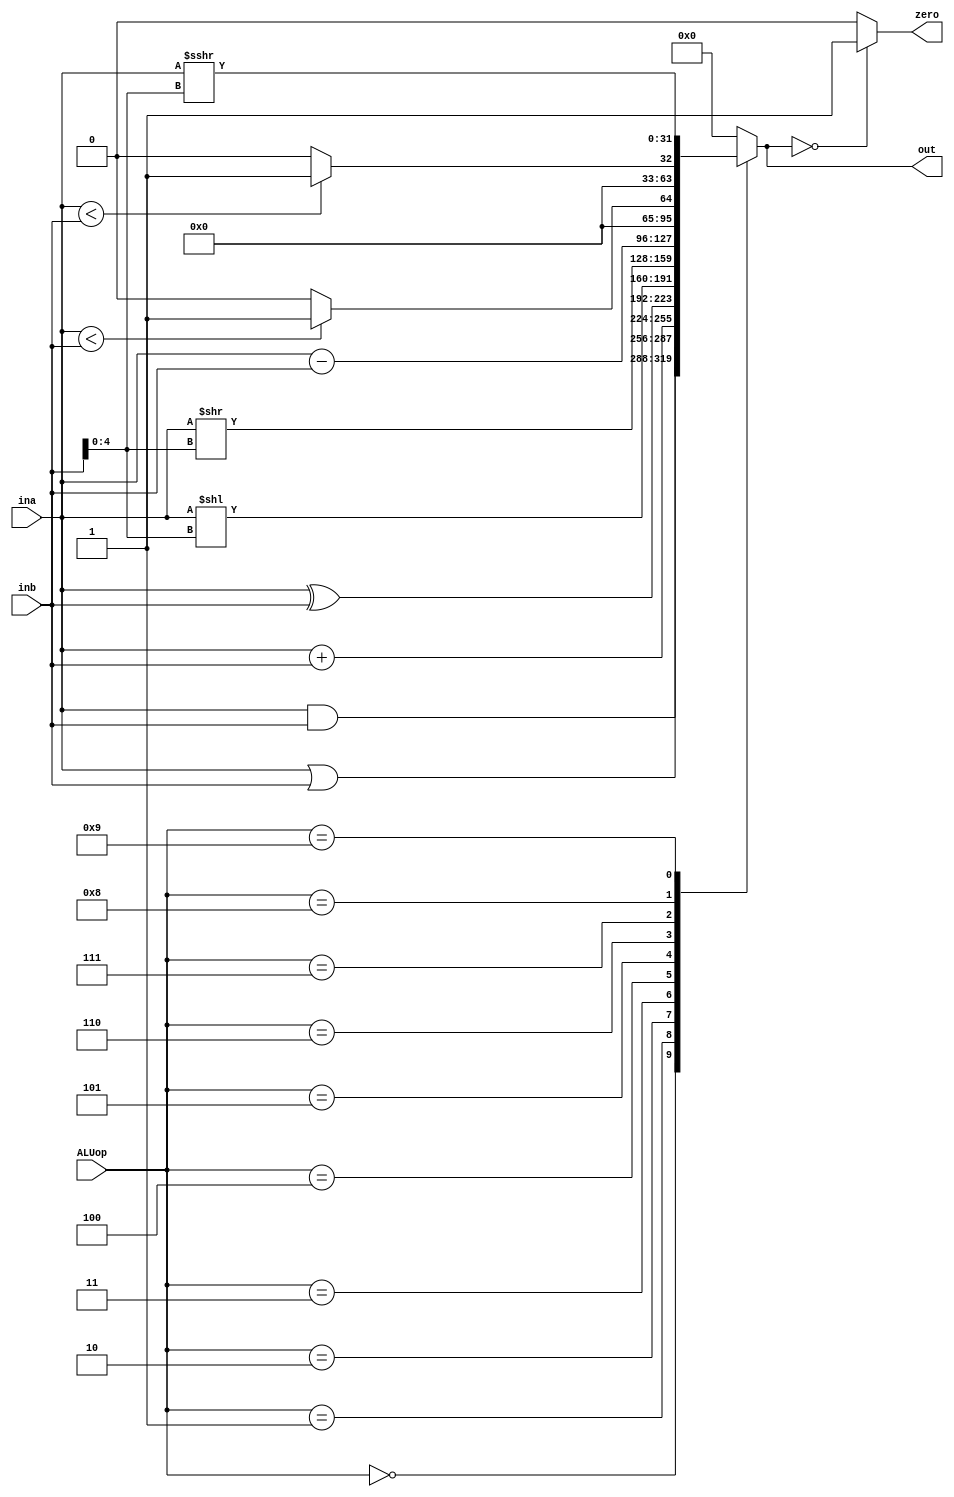
`timescale 1ns / 1ps
//////////////////////////////////////////////////////////////////////////////////
// Company: 
// Engineer: 
// 
// Design Name: 
// Module Name: ALU
// Project Name: 
// Target Devices: 
// Tool Versions: 
// Description: 
// 
// Dependencies: 
// 
// Revision:
// Revision 0.01 - File Created
// Additional Comments:
// 
//////////////////////////////////////////////////////////////////////////////////


module ALU(input [3:0] ALUop,
           input [31:0] ina,inb,
           output zero,
           output reg [31:0] out);

    always@(*)
    begin 
        case(ALUop)
            4'b0000: out <= ina & inb; 
            4'b0001: out <= ina | inb; 
            4'b0010: out <= ina + inb;
            4'b0011: out <= ina ^ inb;
            4'b0100: out <= ina << inb[4:0];
            4'b0101: out <= ina >> inb[4:0];
            4'b0110: out <= ina - inb;
            4'b0111: out <= (ina < inb) ? 32'b1 : 32'b0;
            4'b1000: out <= ($signed(ina) < $signed(inb)) ? 32'b1 : 32'b0;
            4'b1001: out <= ina >>> inb[4:0];
            default: begin
                out <= 32'b0;
            end
        endcase 
    end        
    
    assign zero = (out==32'b0)? 1'b1 : 1'b0;    
    
endmodule